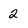
Character: 2